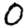
Digit: 0